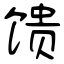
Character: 馈